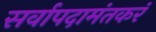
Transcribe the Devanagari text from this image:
सर्वापदामंतकरं